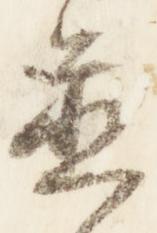
置